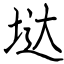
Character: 垯